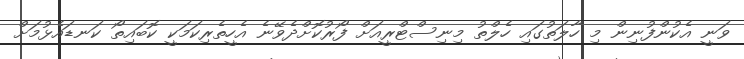
ވަނީ އެކުންފުނިން މި ހާލަތުގައި ހެލްތު މިނިސްޓްރީއަށް ފޯރުކޮށްދެވޭނެ އެހީތެރިކަމަކީ ކޮބައިތޯ ކަނޑައެޅުމަށް